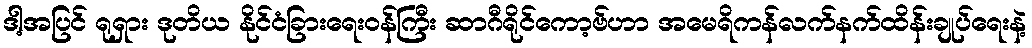
ဒါ့အပြင် ရုရှား ဒုတိယ နိုင်ငံခြားရေးဝန်ကြီး ဆာဂီရိုင်ကော့ဗ်ဟာ အမေရိကန်လက်နက်ထိန်းချုပ်ရေးနဲ့